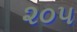
૨૦૫